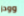
وودز